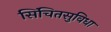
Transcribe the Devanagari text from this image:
सिंचितसुविधा